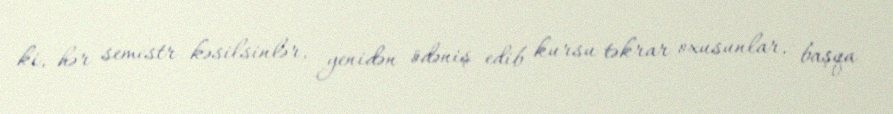
ki, hər semestr kəsilsinlər, yenidən ödəniş edib kursu təkrar oxusunlar, başqa